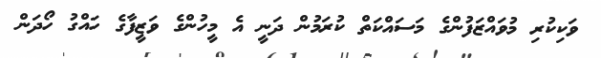
ވަކިކުރި މުވައްޒަފުންގެ މަސައްކަތް ކުރަމުން ދަނީ އެ މީހުންގެ ވަޒީފާގެ ހައްގު ހޯދަން